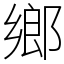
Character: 鄉